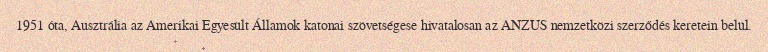
1951 óta, Ausztrália az Amerikai Egyesült Államok katonai szövetségese hivatalosan az ANZUS nemzetközi szerződés keretein belül.